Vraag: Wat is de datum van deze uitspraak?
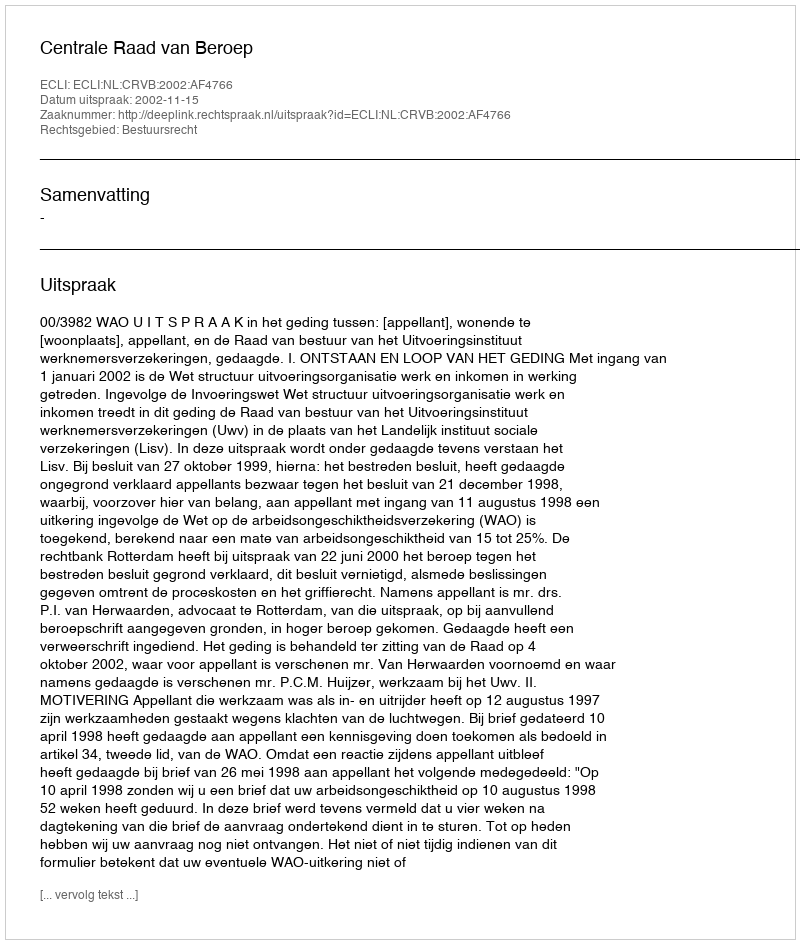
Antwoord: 2002-11-15